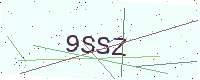
Text: 9SSZ